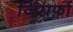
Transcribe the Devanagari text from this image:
जिराफ़ों